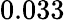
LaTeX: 0.033